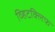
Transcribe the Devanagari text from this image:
व्हिटक्लिफ